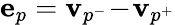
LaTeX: \textbf{e}_{p}=\textbf{v}_{p^{-}}\! -\! \textbf{v}_{p^{+}}